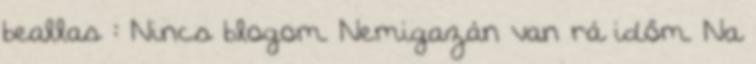
beallas : Nincs blogom. Nemigazán van rá időm. Na